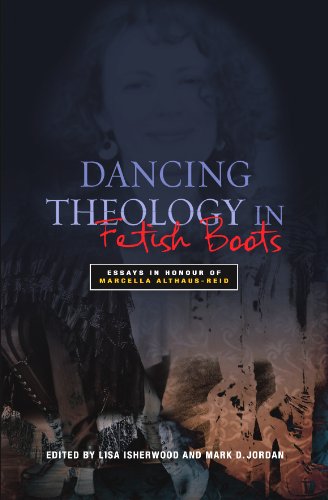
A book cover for Dancing Theology in Fetish Boots; Christian Books & Bibles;